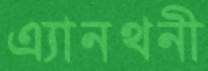
এ্যানথনী